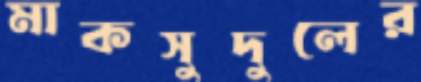
মাকসুদুলের